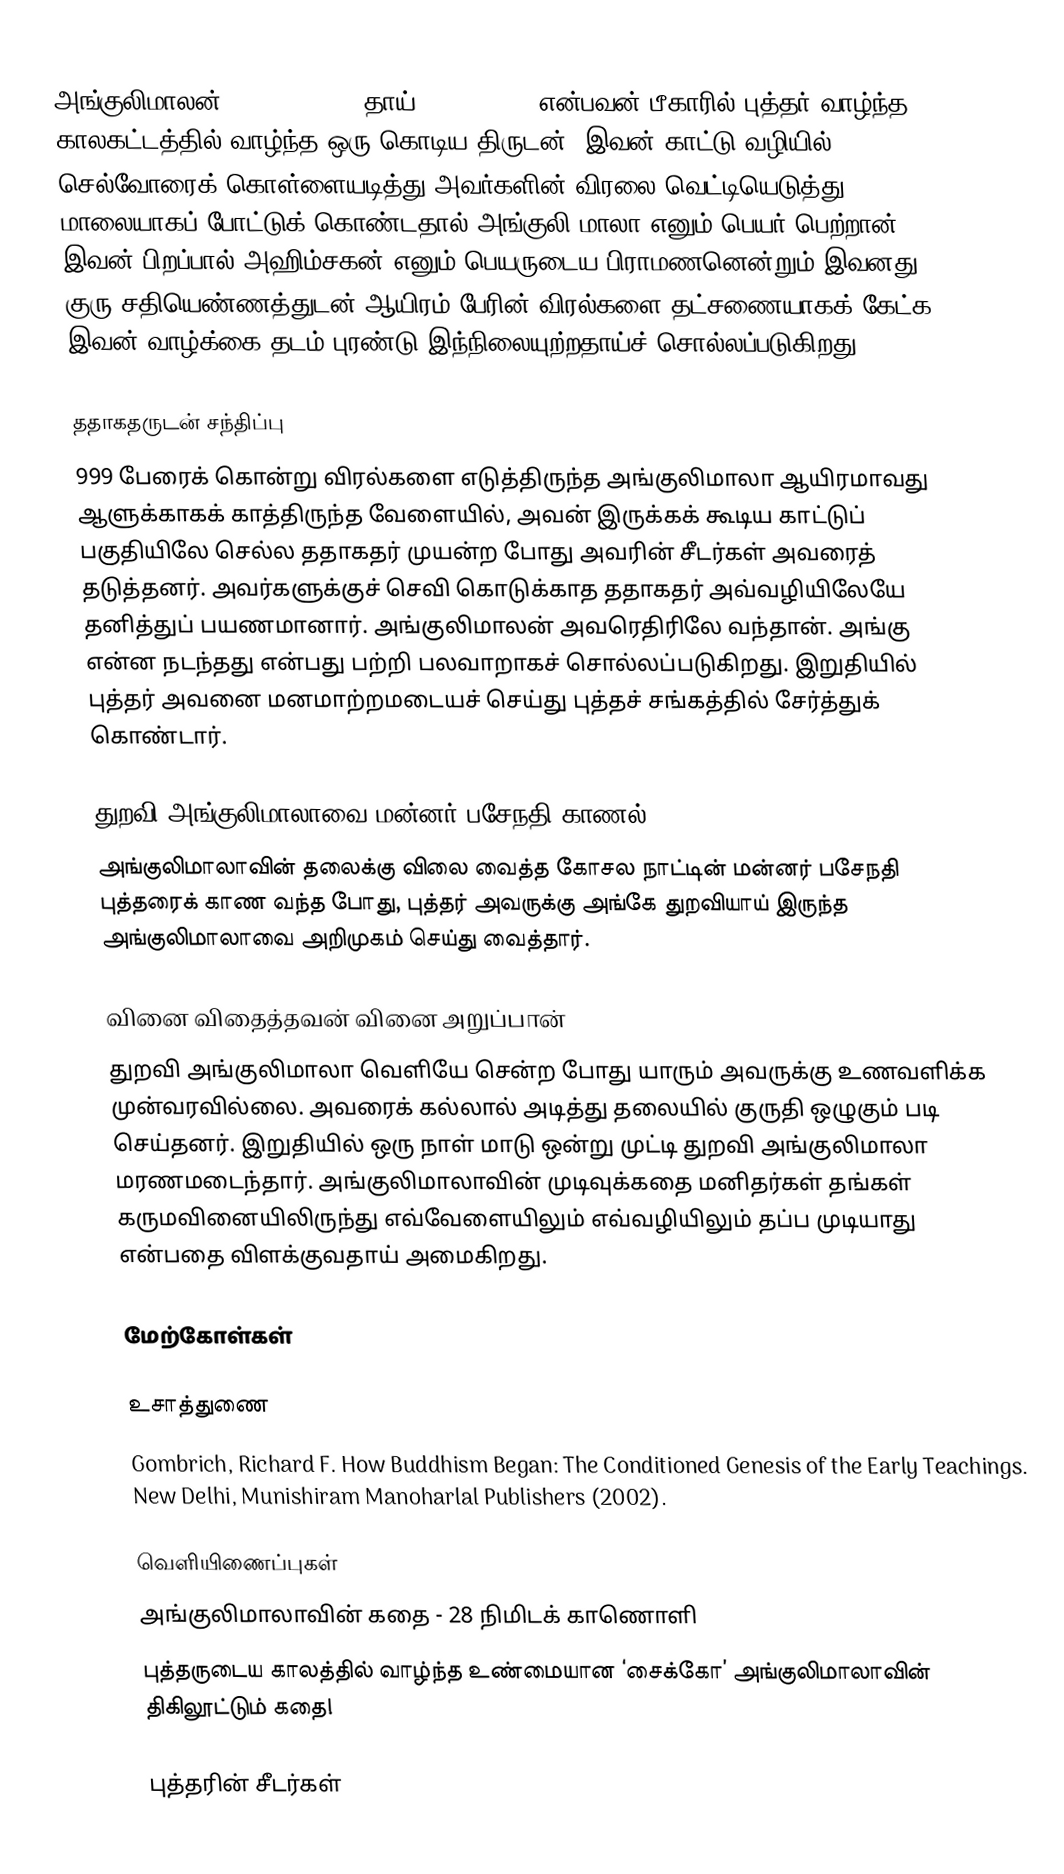
அங்குலிமாலன் (angulimala) (தாய்: องคุลิมาล) என்பவன் பீகாரில் புத்தர் வாழ்ந்த காலகட்டத்தில் வாழ்ந்த ஒரு கொடிய திருடன். இவன் காட்டு வழியில் செல்வோரைக் கொள்ளையடித்து அவர்களின் விரலை வெட்டியெடுத்து மாலையாகப் போட்டுக் கொண்டதால் அங்குலி மாலா எனும் பெயர் பெற்றான். இவன் பிறப்பால் அஹிம்சகன் எனும் பெயருடைய பிராமணனென்றும் இவனது குரு சதியெண்ணத்துடன் ஆயிரம் பேரின் விரல்களை  தட்சணையாகக் கேட்க  இவன் வாழ்க்கை தடம் புரண்டு இந்நிலையுற்றதாய்ச் சொல்லப்படுகிறது.

ததாகதருடன் சந்திப்பு
999 பேரைக் கொன்று விரல்களை எடுத்திருந்த அங்குலிமாலா ஆயிரமாவது ஆளுக்காகக் காத்திருந்த வேளையில், அவன் இருக்கக் கூடிய காட்டுப் பகுதியிலே செல்ல ததாகதர் முயன்ற போது அவரின் சீடர்கள் அவரைத் தடுத்தனர். அவர்களுக்குச் செவி கொடுக்காத ததாகதர்  அவ்வழியிலேயே தனித்துப் பயணமானார். அங்குலிமாலன் அவரெதிரிலே வந்தான். அங்கு என்ன நடந்தது என்பது பற்றி பலவாறாகச் சொல்லப்படுகிறது. இறுதியில் புத்தர் அவனை மனமாற்றமடையச் செய்து புத்தச் சங்கத்தில் சேர்த்துக் கொண்டார்.

துறவி அங்குலிமாலாவை மன்னர் பசேநதி காணல்
அங்குலிமாலாவின் தலைக்கு விலை வைத்த கோசல நாட்டின் மன்னர் பசேநதி புத்தரைக் காண வந்த போது, புத்தர் அவருக்கு அங்கே துறவியாய் இருந்த அங்குலிமாலாவை அறிமுகம் செய்து வைத்தார்.

வினை விதைத்தவன் வினை அறுப்பான்
துறவி அங்குலிமாலா வெளியே சென்ற போது யாரும் அவருக்கு உணவளிக்க முன்வரவில்லை. அவரைக் கல்லால் அடித்து தலையில் குருதி ஒழுகும் படி செய்தனர். இறுதியில் ஒரு நாள் மாடு ஒன்று முட்டி துறவி அங்குலிமாலா மரணமடைந்தார். அங்குலிமாலாவின் முடிவுக்கதை மனிதர்கள் தங்கள் கருமவினையிலிருந்து எவ்வேளையிலும் எவ்வழியிலும் தப்ப முடியாது என்பதை விளக்குவதாய் அமைகிறது.

மேற்கோள்கள்

உசாத்துணை
Gombrich, Richard F. How Buddhism Began: The Conditioned Genesis of the Early Teachings. New Delhi, Munishiram Manoharlal Publishers (2002).

வெளியிணைப்புகள்
அங்குலிமாலாவின் கதை - 28 நிமிடக் காணொளி
புத்தருடைய காலத்தில் வாழ்ந்த உண்மையான ‘சைக்கோ’ அங்குலிமாலாவின் திகிலூட்டும் கதை!

புத்தரின் சீடர்கள்